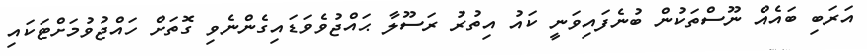
އަރަބި ބައެއް ނޫސްތަކުން ބުނެފައިވަނީ ކައު އިތުރު ރަސޫލާ ޙައްޖުވެވަޑައިގެންނެވި ގޮތަށް ހައްޖުވުމަށްޓަކައި